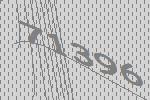
71396